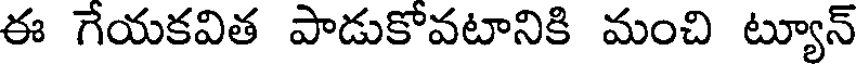
ఈ గేయకవిత పాడుకోవటానికి మంచి ట్యూన్